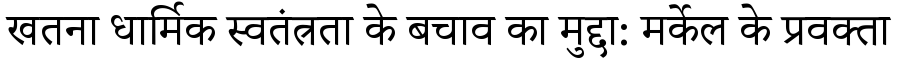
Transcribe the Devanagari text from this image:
खतना धार्मिक स्वतंत्रता के बचाव का मुद्दा: मर्केल के प्रवक्ता